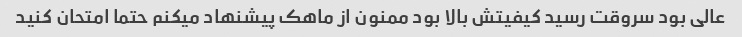
عالی بود سروقت رسید کیفیتش بالا بود ممنون از ماهک پیشنهاد میکنم حتما امتحان کنید